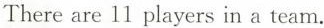
There are 11 players in a team.